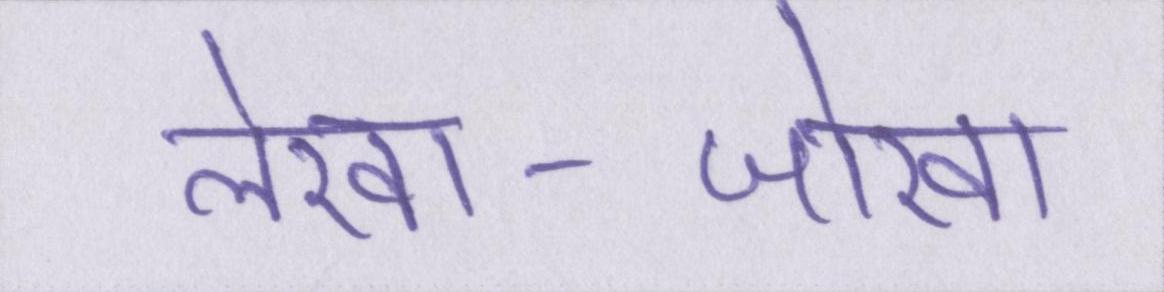
लेखा-जोखा